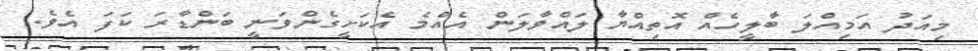
މިއަދު އަމިއްލަ ބާލީހެއް އޮތިއްޔާ ލައްވާލަން އެއްމެ އެކަށީގެންވަނީ ބަންޑާރަ ކަފަ އެވެ.